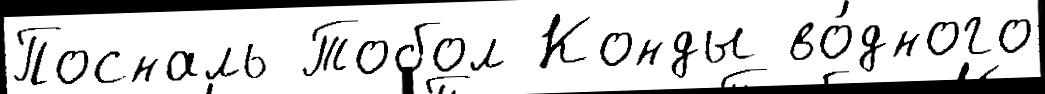
Посналь Тобол Конды во́дного